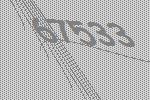
67533